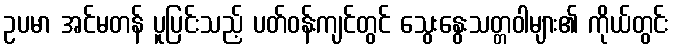
ဥပမာ အင်မတန် ပူပြင်းသည့် ပတ်ဝန်းကျင်တွင် သွေးနွေးသတ္တဝါများ၏ ကိုယ်တွင်း